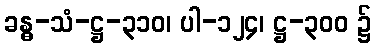
ခန္ဓ-သံ-ဋ္ဌ-၃၁၀၊ ပါ-၁၂၄၊ ဋ္ဌ-၃၀၀ ၌